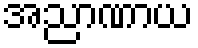
အညာဏာယ